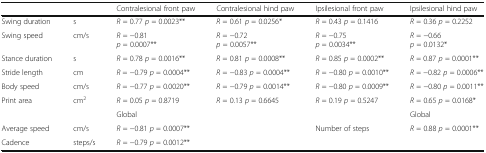
<table><thead><tr><td></td><td></td><td><b>Contralesional front paw</b></td><td><b>Contralesional hind paw</b></td><td><b>Ipsilesional front paw</b></td><td><b>Ipsilesional hind paw</b></td></tr></thead><tbody><tr><td>Swing duration</td><td>s</td><td><i>R</i> = 0.77 <i>p</i> = 0.0023**</td><td><i>R</i> = 0.61 <i>p</i> = 0.0256*</td><td><i>R</i> = 0.43 <i>p</i> = 0.1416</td><td><i>R</i> = 0.36 <i>p</i> = 0.2252</td></tr><tr><td>Swing speed</td><td>cm/s</td><td><i>R</i> = −0.81<i>p</i> = 0.0007**</td><td><i>R</i> = −0.72<i>p</i> = 0.0057**</td><td><i>R</i> = −0.75<i>p</i> = 0.0034**</td><td><i>R</i> = −0.66<i>p</i> = 0.0132*</td></tr><tr><td>Stance duration</td><td>s</td><td><i>R</i> = 0.78 <i>p</i> = 0.0016**</td><td><i>R</i> = 0.81 <i>p</i> = 0.0008**</td><td><i>R</i> = 0.85 <i>p</i> = 0.0002**</td><td><i>R</i> = 0.87 <i>p</i> = 0.0001**</td></tr><tr><td>Stride length</td><td>cm</td><td><i>R</i> = −0.79 <i>p</i> = 0.0004**</td><td><i>R</i> = −0.83 <i>p</i> = 0.0004**</td><td><i>R</i> = −0.80 <i>p</i> = 0.0010**</td><td><i>R</i> = −0.82 <i>p</i> = 0.0006**</td></tr><tr><td>Body speed</td><td>cm/s</td><td><i>R</i> = −0.77 <i>p</i> = 0.0020**</td><td><i>R</i> = −0.79 <i>p</i> = 0.0014**</td><td><i>R</i> = −0.80 <i>p</i> = 0.0009**</td><td><i>R</i> = −0.80 <i>p</i> = 0.0011**</td></tr><tr><td>Print area</td><td>cm<sup>2</sup></td><td><i>R</i> = 0.05 <i>p</i> = 0.8719</td><td><i>R</i> = 0.13 <i>p</i> = 0.6645</td><td><i>R</i> = 0.19 <i>p</i> = 0.5247</td><td><i>R</i> = 0.65 <i>p</i> = 0.0168*</td></tr><tr><td></td><td></td><td>Global</td><td></td><td></td><td>Global</td></tr><tr><td>Average speed</td><td>cm/s</td><td><i>R</i> = −0.81 <i>p</i> = 0.0007**</td><td></td><td>Number of steps</td><td><i>R</i> = 0.88 <i>p</i> = 0.0001**</td></tr><tr><td>Cadence</td><td>steps/s</td><td><i>R</i> = −0.79 <i>p</i> = 0.0012**</td><td></td><td></td><td></td></tr></tbody></table>